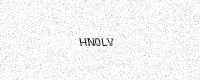
Text: HN0LV